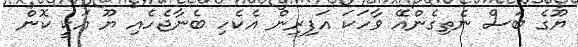
ޔޫގެ ބަސް ނެތިގެންއޭ ވާހަކަ އަފިރިން އެކެހި ބެނާޖެހެއި ޔޫ އަކީ ކޮން